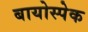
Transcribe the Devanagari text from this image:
बायोस्पेक